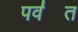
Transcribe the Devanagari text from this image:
पव॑त